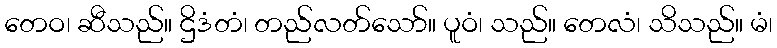
တေဝ၊ ဆီသည်။ ဌိဒံတံ၊ တည်လတ်သော်။ ပူဝံ၊ သည်။ တေလံ၊ သိသည်။ မံ၊